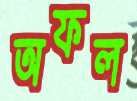
অফল